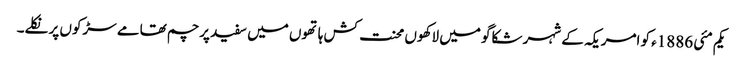
یکم مئی 1886ء کو امریکہ کے شہر شکاگو میں لاکھوں محنت کش ہاتھوں میں سفید پرچم تھامے سڑکوں پر نکلے۔